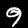
Label: 9